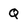
Character: Q